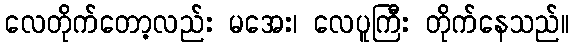
လေတိုက်တော့လည်း မအေး၊ လေပူကြီး တိုက်နေသည်။